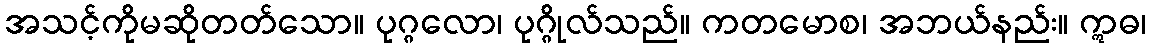
အသင့်ကိုမဆိုတတ်သော။ ပုဂ္ဂလော၊ ပုဂ္ဂိုလ်သည်။ ကတမောစ၊ အဘယ်နည်း။ ဣဓ၊